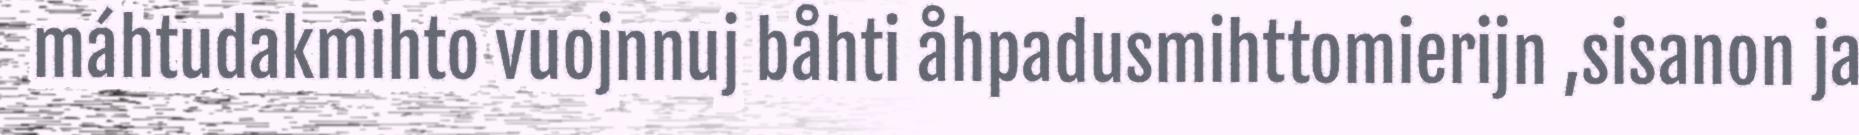
máhtudakmihto vuojnnuj båhti åhpadusmihttomierijn ,sisanon ja